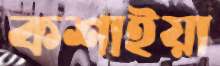
কশাইয়া